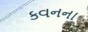
કવનના